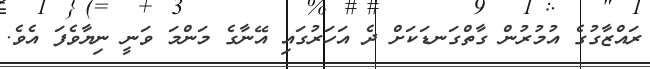
ރައްޒާގުގެ އުމުރުން ގާތްގަނޑަކަށް ދެ އަހަރުގައި އޭނާގެ މަންމަ ވަނީ ނިޔާވެފަ އެވެ.